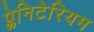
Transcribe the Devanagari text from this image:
प्लेनिटेरियम